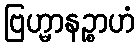
ဗြဟ္မာနဉ္စာဟံ